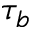
\tau _ { b }